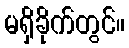
မရှိခိုက်တွင်။